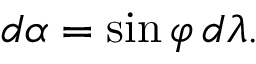
d \alpha = \sin \varphi \, d \lambda .